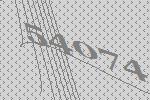
54074